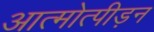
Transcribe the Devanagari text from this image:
आत्मोत्पीड़न